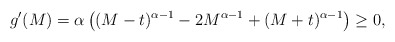
\begin{align*}g'(M) = \alpha \left( (M-t)^{\alpha-1} - 2 M^{\alpha-1} + (M+t)^{\alpha-1} \right) \geq 0,\end{align*}